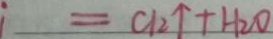
= C l _ { 2 } \uparrow + H _ { 2 } O